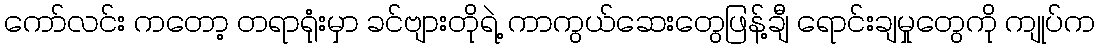
ကော်လင်း ကတော့ တရာရုံးမှာ ခင်ဗျားတိုရဲ့ ကာကွယ်ဆေးတွေဖြန့်ချီ ရောင်းချမှုတွေကို ကျုပ်က